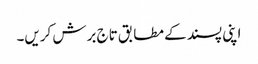
اپنی پسند کے مطابق تاج برش کریں۔